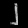
Digit: ၂